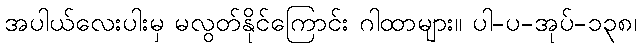
အပါယ်လေးပါးမှ မလွတ်နိုင်ကြောင်း ဂါထာများ။ ပါ-ပ-အုပ်-၁၃၈၊